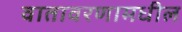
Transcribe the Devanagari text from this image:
वातावरणामधील